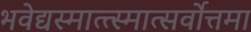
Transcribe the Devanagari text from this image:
भवेद्यस्मात्त्स्मात्सर्वोत्तमा